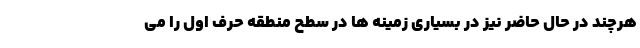
هرچند در حال حاضر نیز در بسیاری زمینه ها در سطح منطقه حرف اول را می